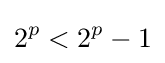
2^{p}<2^{p}-1